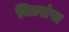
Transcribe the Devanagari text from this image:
विल्संस